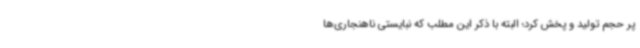
پر حجم تولید و پخش کرد؛ البته با ذکر این مطلب که نبایستی ناهنجاری‌ها